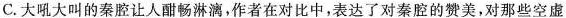
C.大吼大叫的秦腔让人酣畅淋漓,作者在对比中表达了对秦腔的赞美,对那些空虚